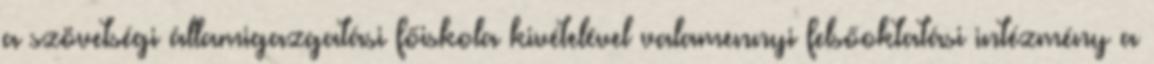
a szövetségi államigazgatási főiskola kivételével valamennyi felsőoktatási intézmény a